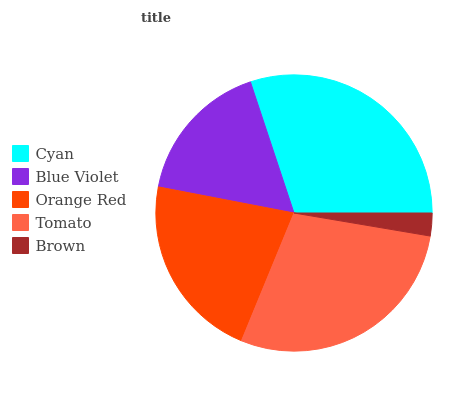
| Cyan | Blue Violet | Orange Red | Tomato | Brown |
 | --- | --- | --- | --- | --- |
 | 30.1% | 16.9% | 21.8% | 28.5% | 2.66% |